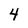
Character: 4